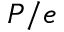
P / e